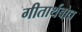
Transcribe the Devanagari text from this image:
गीतार्थबोध